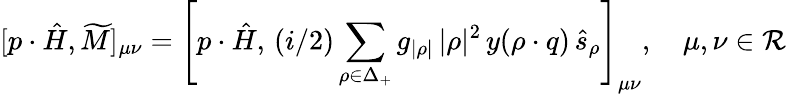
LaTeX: [p\cdot\hat{H},\widetilde{M}]_{\mu\nu}=\left[p\cdot\hat{H},\, {(i/2)}\sum_{\rho\in\Delta_{+}}g_{|\rho|}\, {|\rho|^{2}}\, y(\rho\cdot q)\, \hat{s}_{\rho}\right]_{\mu\nu},\quad\mu,\nu\in{\cal R}